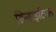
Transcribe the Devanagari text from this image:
सिन्साइटियल